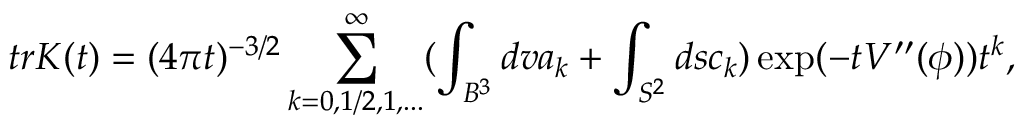
t r K ( t ) = ( 4 \pi t ) ^ { - 3 / 2 } \sum _ { k = 0 , 1 / 2 , 1 , . . . } ^ { \infty } ( \int _ { B ^ { 3 } } d v a _ { k } + \int _ { S ^ { 2 } } d s c _ { k } ) \exp ( - t V ^ { \prime \prime } ( \phi ) ) t ^ { k } ,